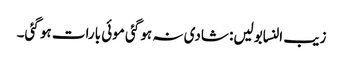
زیب النسابولیں: شادی نہ ہو گئی موئی بارات ہو گئی۔